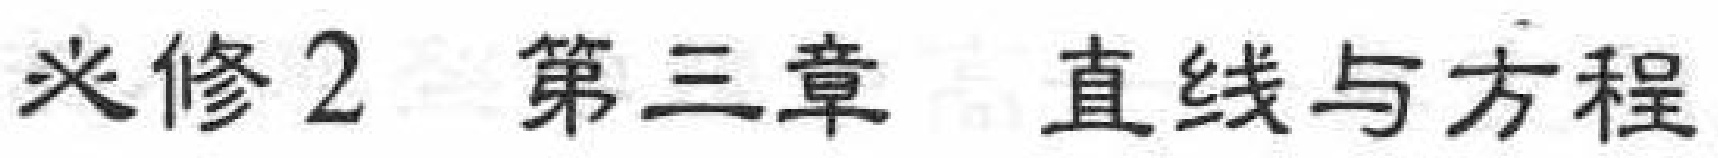
必修2 第三章 直线与方程